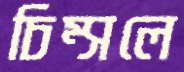
চিম্‌সলে